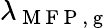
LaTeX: \lambda_{\mathrm{~M~F~P~,~g~}}